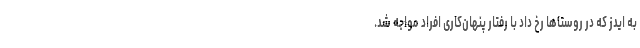
به ایدز که در روستا‌ها رخ داد با رفتار پنهان‌کاری افراد مواجه شد.